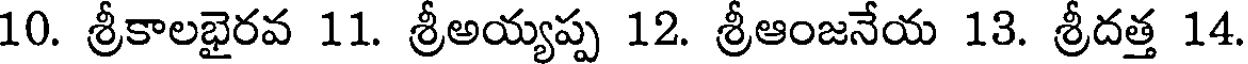
10. శ్రీకాలభైరవ 11. శ్రీఅయ్యప్ప 12. శ్రీఆంజనేయ 13. శ్రీదత్త 14